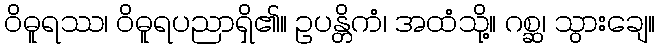
ဝိဓူရဿ၊ ဝိဓူရပညာရှိ၏။ ဥပန္တိကံ၊ အထံသို့။ ဂစ္ဆ၊ သွားချေ။